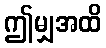
ဤမျှအထိ